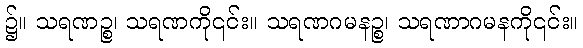
၌။ သရဏဉ္စ၊ သရဏကို၎င်း။ သရဏဂမနဉ္စ၊ သရဏာဂမနကို၎င်း။